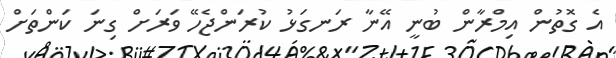
އެ ގޮތުން އިމްރާން ބުނީ އޭނާ ރަނގަޅު ކުރަންޖެހޭ ވަރަށް ގިނަ ކަންތަށް